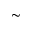
\sim